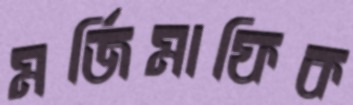
মর্জিমাফিক